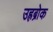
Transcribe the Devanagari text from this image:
उह्रब्रोक